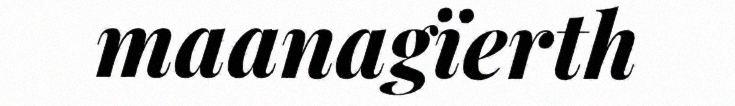
maanagïerth